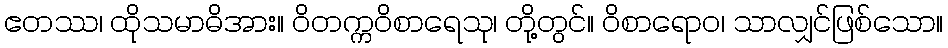
ဧတဿ၊ ထိုသမာဓိအား။ ဝိတက္ကဝိစာရေသု၊ တို့တွင်။ ဝိစာရောဝ၊ သာလျှင်ဖြစ်သော။